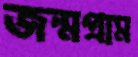
জন্মগ্রাম